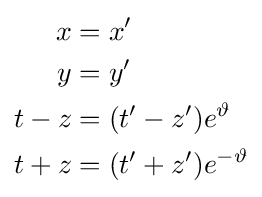
\scriptstyle {\begin{aligned}x&=x'\\y&=y'\\t-z&=(t'-z')e^{\vartheta }\\t+z&=(t'+z')e^{-\vartheta }\end{aligned}}